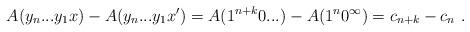
LaTeX: \begin{align*}A(y_n...y_1x) - A(y_n...y_1x') = A(1^{n+k}0...) - A(1^n0^\infty) = c_{n+k} - c_n \ . \end{align*}